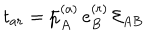
t _ { a r } = \bar { p } _ { A } ^ { ( a ) } \, e _ { B } ^ { ( r ) } \, { \cal E } _ { A B }